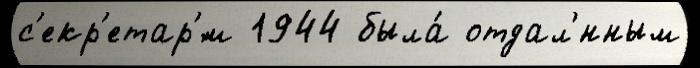
с'екр'етар'́м 1944 была́ отдал'́нным